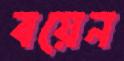
বয়েন